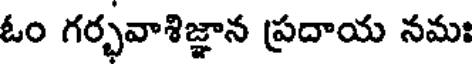
ఓం గర్భవాశిజ్ఞాన ప్రదాయ నమః